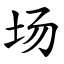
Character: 场